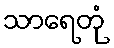
သာရေတုံ